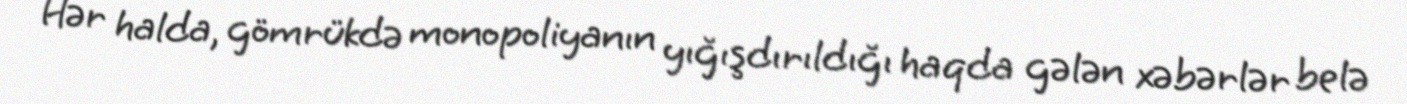
Hər halda, gömrükdə monopoliyanın yığışdırıldığı haqda gələn xəbərlər belə